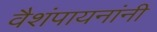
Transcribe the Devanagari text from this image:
वैशंपायनांनी